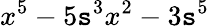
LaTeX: x^{5}-5\mathtt{s}^{3}x^{2}-3\mathtt{s}^{5}